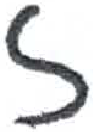
אות: ז